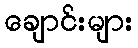
ချောင်းများ